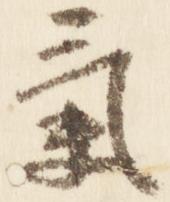
気